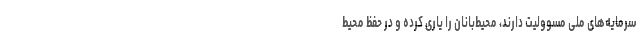
سرمایه‌های ملی مسوولیت دارند، محیط‌بانان را یاری کرده و در حفظ محیط